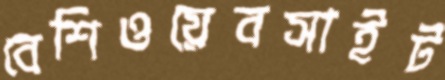
বেশিওয়েবসাইট